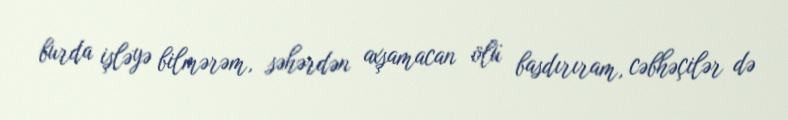
burda işləyə bilmərəm, səhərdən axşamacan ölü basdırıram, cəbhəçilər də